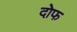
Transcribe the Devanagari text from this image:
दोफ